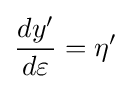
{\frac {dy'}{d\varepsilon }}=\eta '